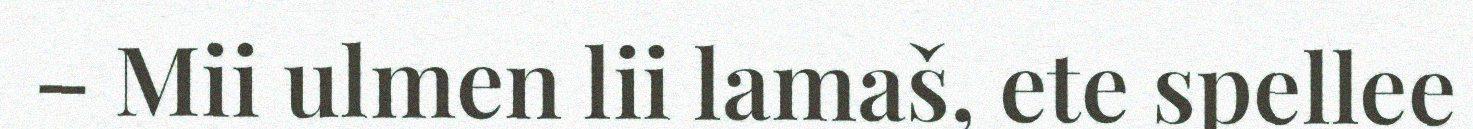
– Mii ulmen lii lamaš, ete spellee